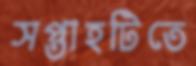
সপ্তাহটিতে